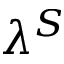
\lambda ^ { S }